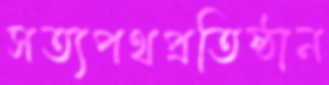
সত্যপথপ্রতিষ্ঠান